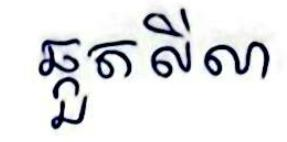
ឆ្កួតលិលា